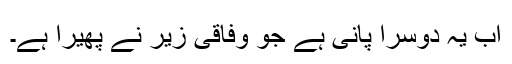
اب یہ دوسرا پانی ہے جو وفاقی زیر نے پھیرا ہے۔